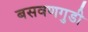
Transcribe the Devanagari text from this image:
बसवणगुडी